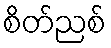
စိတ်ညစ်